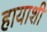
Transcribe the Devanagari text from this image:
हायाशी